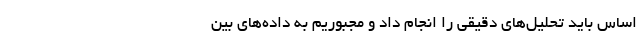
اساس باید تحلیل‌های دقیقی را انجام داد و مجبوریم به داده‌های بین‌